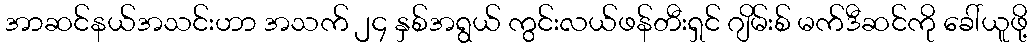
အာဆင်နယ်အသင်းဟာ အသက် ၂၄ နှစ်အရွယ် ကွင်းလယ်ဖန်တီးရှင် ဂျိမ်းစ် မက်ဒီဆင်ကို ခေါ်ယူဖို့